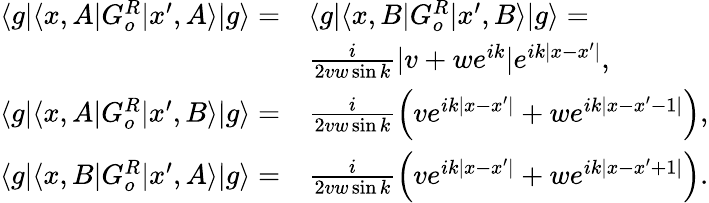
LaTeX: \begin{array}{rl}{\langle g|\langle x,A|G_{o}^{R}|x^{\prime},A\rangle|g\rangle=}&{\langle g|\langle x,B|G_{o}^{R}|x^{\prime},B\rangle|g\rangle=}\\ &{\frac{i}{2vw\sin{k}}|v+we^{ik}|e^{ik|x-x^{\prime}|},}\\ {\langle g|\langle x,A|G_{o}^{R}|x^{\prime},B\rangle|g\rangle=}&{\frac{i}{2vw\sin{k}}\Big(ve^{ik|x-x^{\prime}|}+we^{ik|x-x^{\prime}-1|}\Big),}\\ {\langle g|\langle x,B|G_{o}^{R}|x^{\prime},A\rangle|g\rangle=}&{\frac{i}{2vw\sin{k}}\Big(ve^{ik|x-x^{\prime}|}+we^{ik|x-x^{\prime}+1|}\Big).}\end{array}